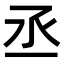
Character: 丞